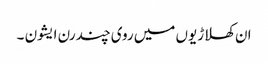
ان کھلاڑیوں میں روی چندرن ایشون ۔